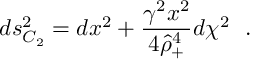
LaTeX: d s _ { C _ { 2 } } ^ { 2 } = d x ^ { 2 } + { \frac { \gamma ^ { 2 } x ^ { 2 } } { 4 \hat { \rho } _ { + } ^ { 4 } } } d \chi ^ { 2 } ~ ~ .